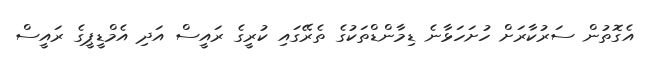
އެގޮތުން ސަރުކާރަށް ހުށަހަޅާނެ ޑިމާންޑްތަކުގެ ތެރޭގައި ކުރީގެ ރައީސް އަދި އެމްޑީޕީގެ ރައީސް